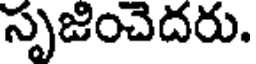
సృజించెదరు.